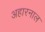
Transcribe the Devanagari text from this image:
अहारनाल